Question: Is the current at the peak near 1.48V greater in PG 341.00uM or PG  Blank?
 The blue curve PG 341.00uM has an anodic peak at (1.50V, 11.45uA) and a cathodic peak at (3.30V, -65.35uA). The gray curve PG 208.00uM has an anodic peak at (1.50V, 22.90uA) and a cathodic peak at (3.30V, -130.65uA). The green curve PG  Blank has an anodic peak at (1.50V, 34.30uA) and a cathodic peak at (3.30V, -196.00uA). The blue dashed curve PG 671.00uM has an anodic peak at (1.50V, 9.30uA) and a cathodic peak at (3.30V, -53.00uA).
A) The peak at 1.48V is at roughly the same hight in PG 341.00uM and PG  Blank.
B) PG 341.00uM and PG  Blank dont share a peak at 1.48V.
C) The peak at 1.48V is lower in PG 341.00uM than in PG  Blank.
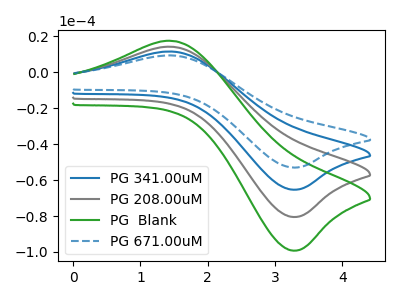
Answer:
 <answer>C) The peak at 1.48V is lower in "PG 341.00uM" than in "PG  Blank".</answer>
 <eval>C</eval>